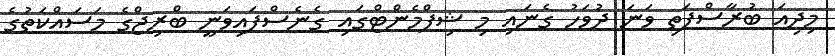
މިދިއަ ބުރާސްފަތި ވަނަ ދުވަހު ގެނައި މި ޝިޕްމެންޓްގައި ގެނެސްފައިވަނީ ބްރިޖްގެ މަސައްކަތުގެ